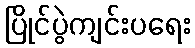
ပြိုင်ပွဲကျင်းပရေး